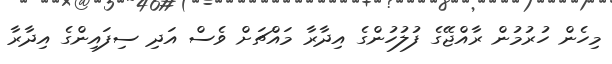
މިހެން ހުރުމުން ރާއްޖޭގެ ފުލުހުންގެ އިދާރާ މައްޗަށް ވެސް އަދި ސިފައިންގެ އިދާރާ